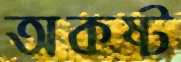
অকষ্ট